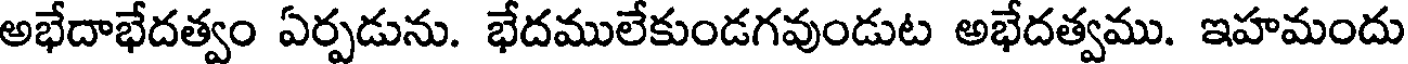
అభేదాభేదత్వం ఏర్పడును. భేదములేకుండగవుండుట అభేదత్వము. ఇహమందు